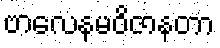
ဗာလေနမဝိဇာနတာ